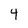
Character: 4